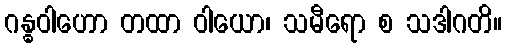
ဂန္ဓဝါဟော တထာ ဝါယော၊ သမီရော စ သဒါဂတိ။